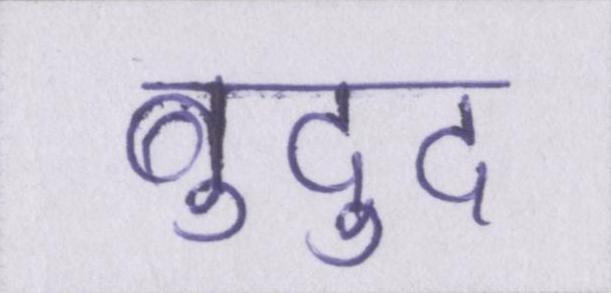
बुद्दु